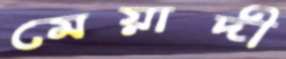
মেয়াদী